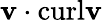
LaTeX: \mathbf{v}\cdot\textrm{curl}\mathbf{v}